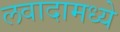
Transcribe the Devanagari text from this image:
लवादामध्ये